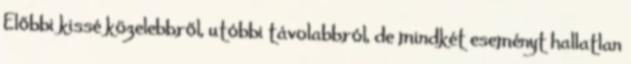
Előbbi kissé közelebbről, utóbbi távolabbról, de mindkét eseményt hallatlan